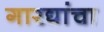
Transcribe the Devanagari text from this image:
गारद्यांचा